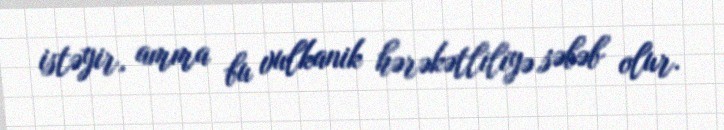
istəyir, amma bu vulkanik hərəkətliliyə səbəb olur.